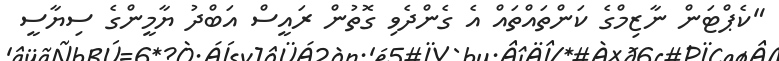
"ކެޕްޓަން ނާޒިމްގެ ކަންތައްތައް އެ ގެންދެވި ގޮތުން ރައީސް އަބްދު ޔާމީންގެ ސިޔާސީ